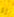
ون